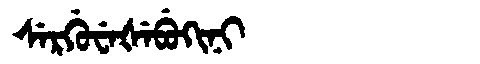
Manchu: ᠰᡝᡵᡤᡠᠸᡝᡧᡝᠪᡠᡴᡳᠨᡳ
Romanization: SERGUWEŠEBUKINI